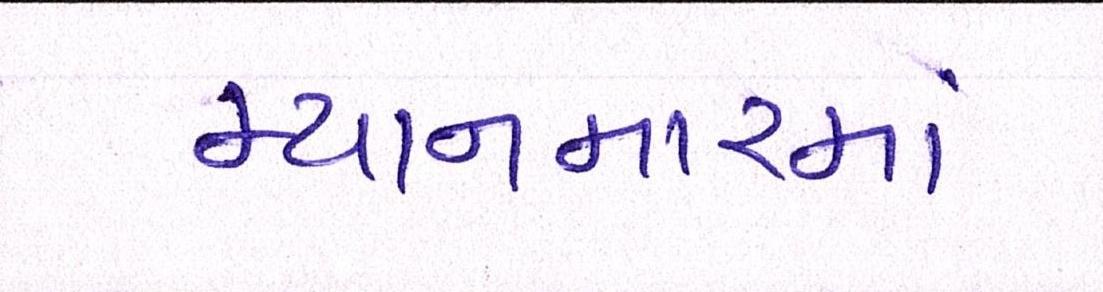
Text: મ્યાનમારમાં